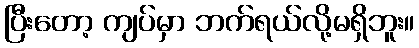
ပြီးတော့ ကျပ်မှာ ဘက်ရယ်လို့မရှိဘူး။